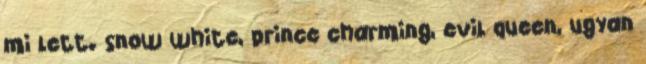
mi lett. snow white, prince charming, evil queen, ugyan